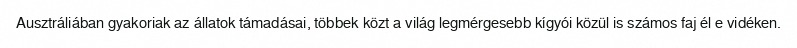
Ausztráliában gyakoriak az állatok támadásai, többek közt a világ legmérgesebb kígyói közül is számos faj él e vidéken.